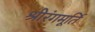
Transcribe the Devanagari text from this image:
श्रीरंगमूर्ति